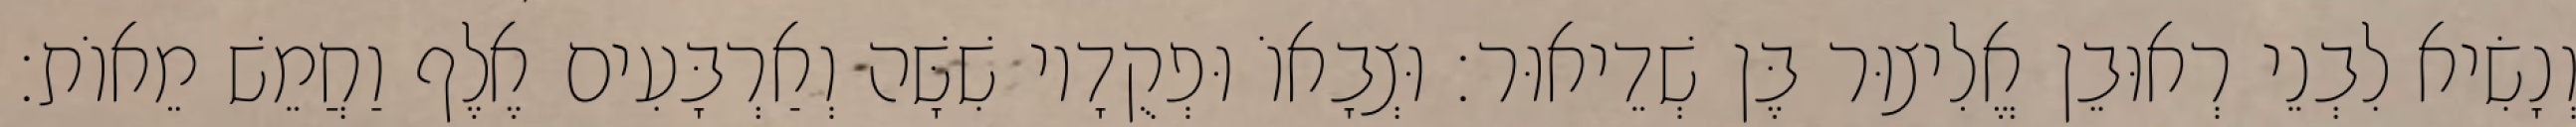
וְנָשִׂיא לִבְנֵי רְאוּבֵן אֱלִיצוּר בֶּן שְׁדֵיאוּר׃ וּצְבָאוֹ וּפְקֻדָיו שִׁשָּׁה וְאַרְבָּעִים אֶלֶף וַחֲמֵשׁ מֵאוֹת׃